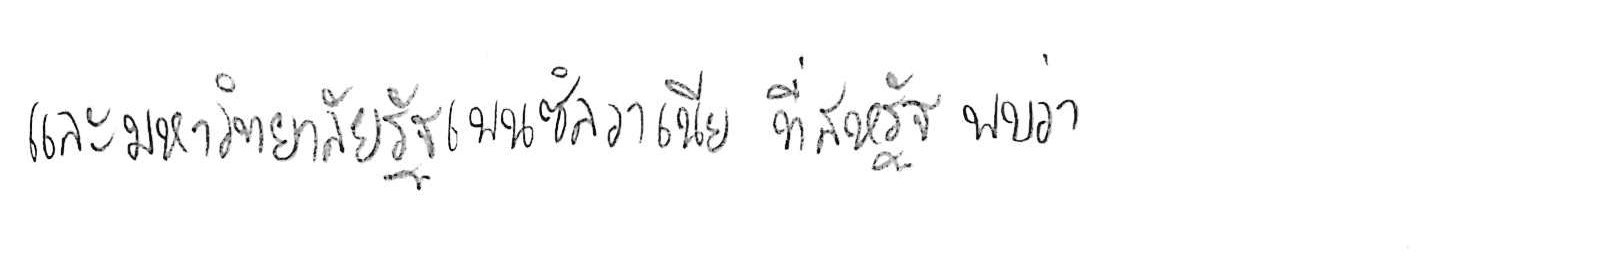
และมหาวิทยาลัยรัฐเพนซิลวาเนีย ที่สหรัฐ พบว่า